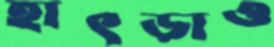
হাৎড়াও